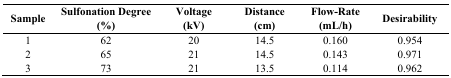
<table><thead><tr><td><b>Sample</b></td><td><b>Sulfonation Degree (%)</b></td><td><b>Voltage (kV)</b></td><td><b>Distance (cm)</b></td><td><b>Flow-Rate (mL/h)</b></td><td><b>Desirability</b></td></tr></thead><tbody><tr><td>1</td><td>62</td><td>20</td><td>14.5</td><td>0.160</td><td>0.954</td></tr><tr><td>2</td><td>65</td><td>21</td><td>14.5</td><td>0.143</td><td>0.971</td></tr><tr><td>3</td><td>73</td><td>21</td><td>13.5</td><td>0.114</td><td>0.962</td></tr></tbody></table>